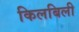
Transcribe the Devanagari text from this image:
किलबिली